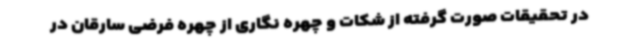
در تحقیقات صورت گرفته از شکات و چهره نگاری از چهره فرضی سارقان در